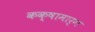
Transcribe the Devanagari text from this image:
कक्षामार्ग